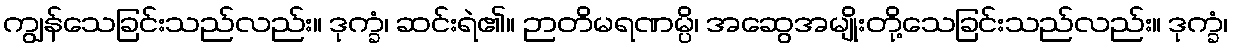
ကျွန်သေခြင်းသည်လည်း။ ဒုက္ခံ၊ ဆင်းရဲ၏။ ဉာတိမရဏမ္ပိ၊ အဆွေအမျိုးတို့သေခြင်းသည်လည်း။ ဒုက္ခံ၊